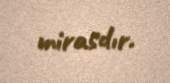
mirasdır.